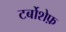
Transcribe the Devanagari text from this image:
टर्बोशेफ़